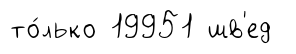
то́лько 19951 шв'ед